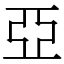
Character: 亞